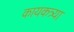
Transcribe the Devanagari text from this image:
कायकत्र्या